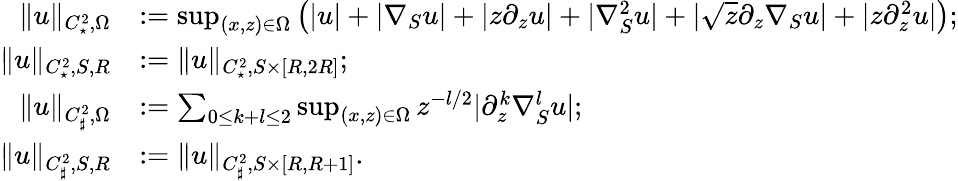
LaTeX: \begin{array}{rl}{\| u\| _{C_{\star}^{2},\Omega}}&{:=\operatorname*{sup}_{(x,z)\in\Omega}\left(|u|+|\nabla_{S}u|+|z\partial_{z}u|+|\nabla_{S}^{2}u|+|\sqrt{z}\partial_{z}\nabla_{S}u|+|z\partial_{z}^{2}u|\right);}\\ {\| u\| _{C_{\star}^{2},S,R}}&{:=\| u\| _{C_{\star}^{2},S\times[R,2R]};}\\ {\| u\| _{C_{\sharp}^{2},\Omega}}&{:=\sum_{0\leq k+l\leq 2}\operatorname*{sup}_{(x,z)\in\Omega}z^{-l/2}|\partial_{z}^{k}\nabla_{S}^{l}u|;}\\ {\| u\| _{C_{\sharp}^{2},S,R}}&{:=\| u\| _{C_{\sharp}^{2},S\times[R,R+1]}.}\end{array}